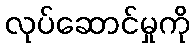
လုပ်ဆောင်မှုကို